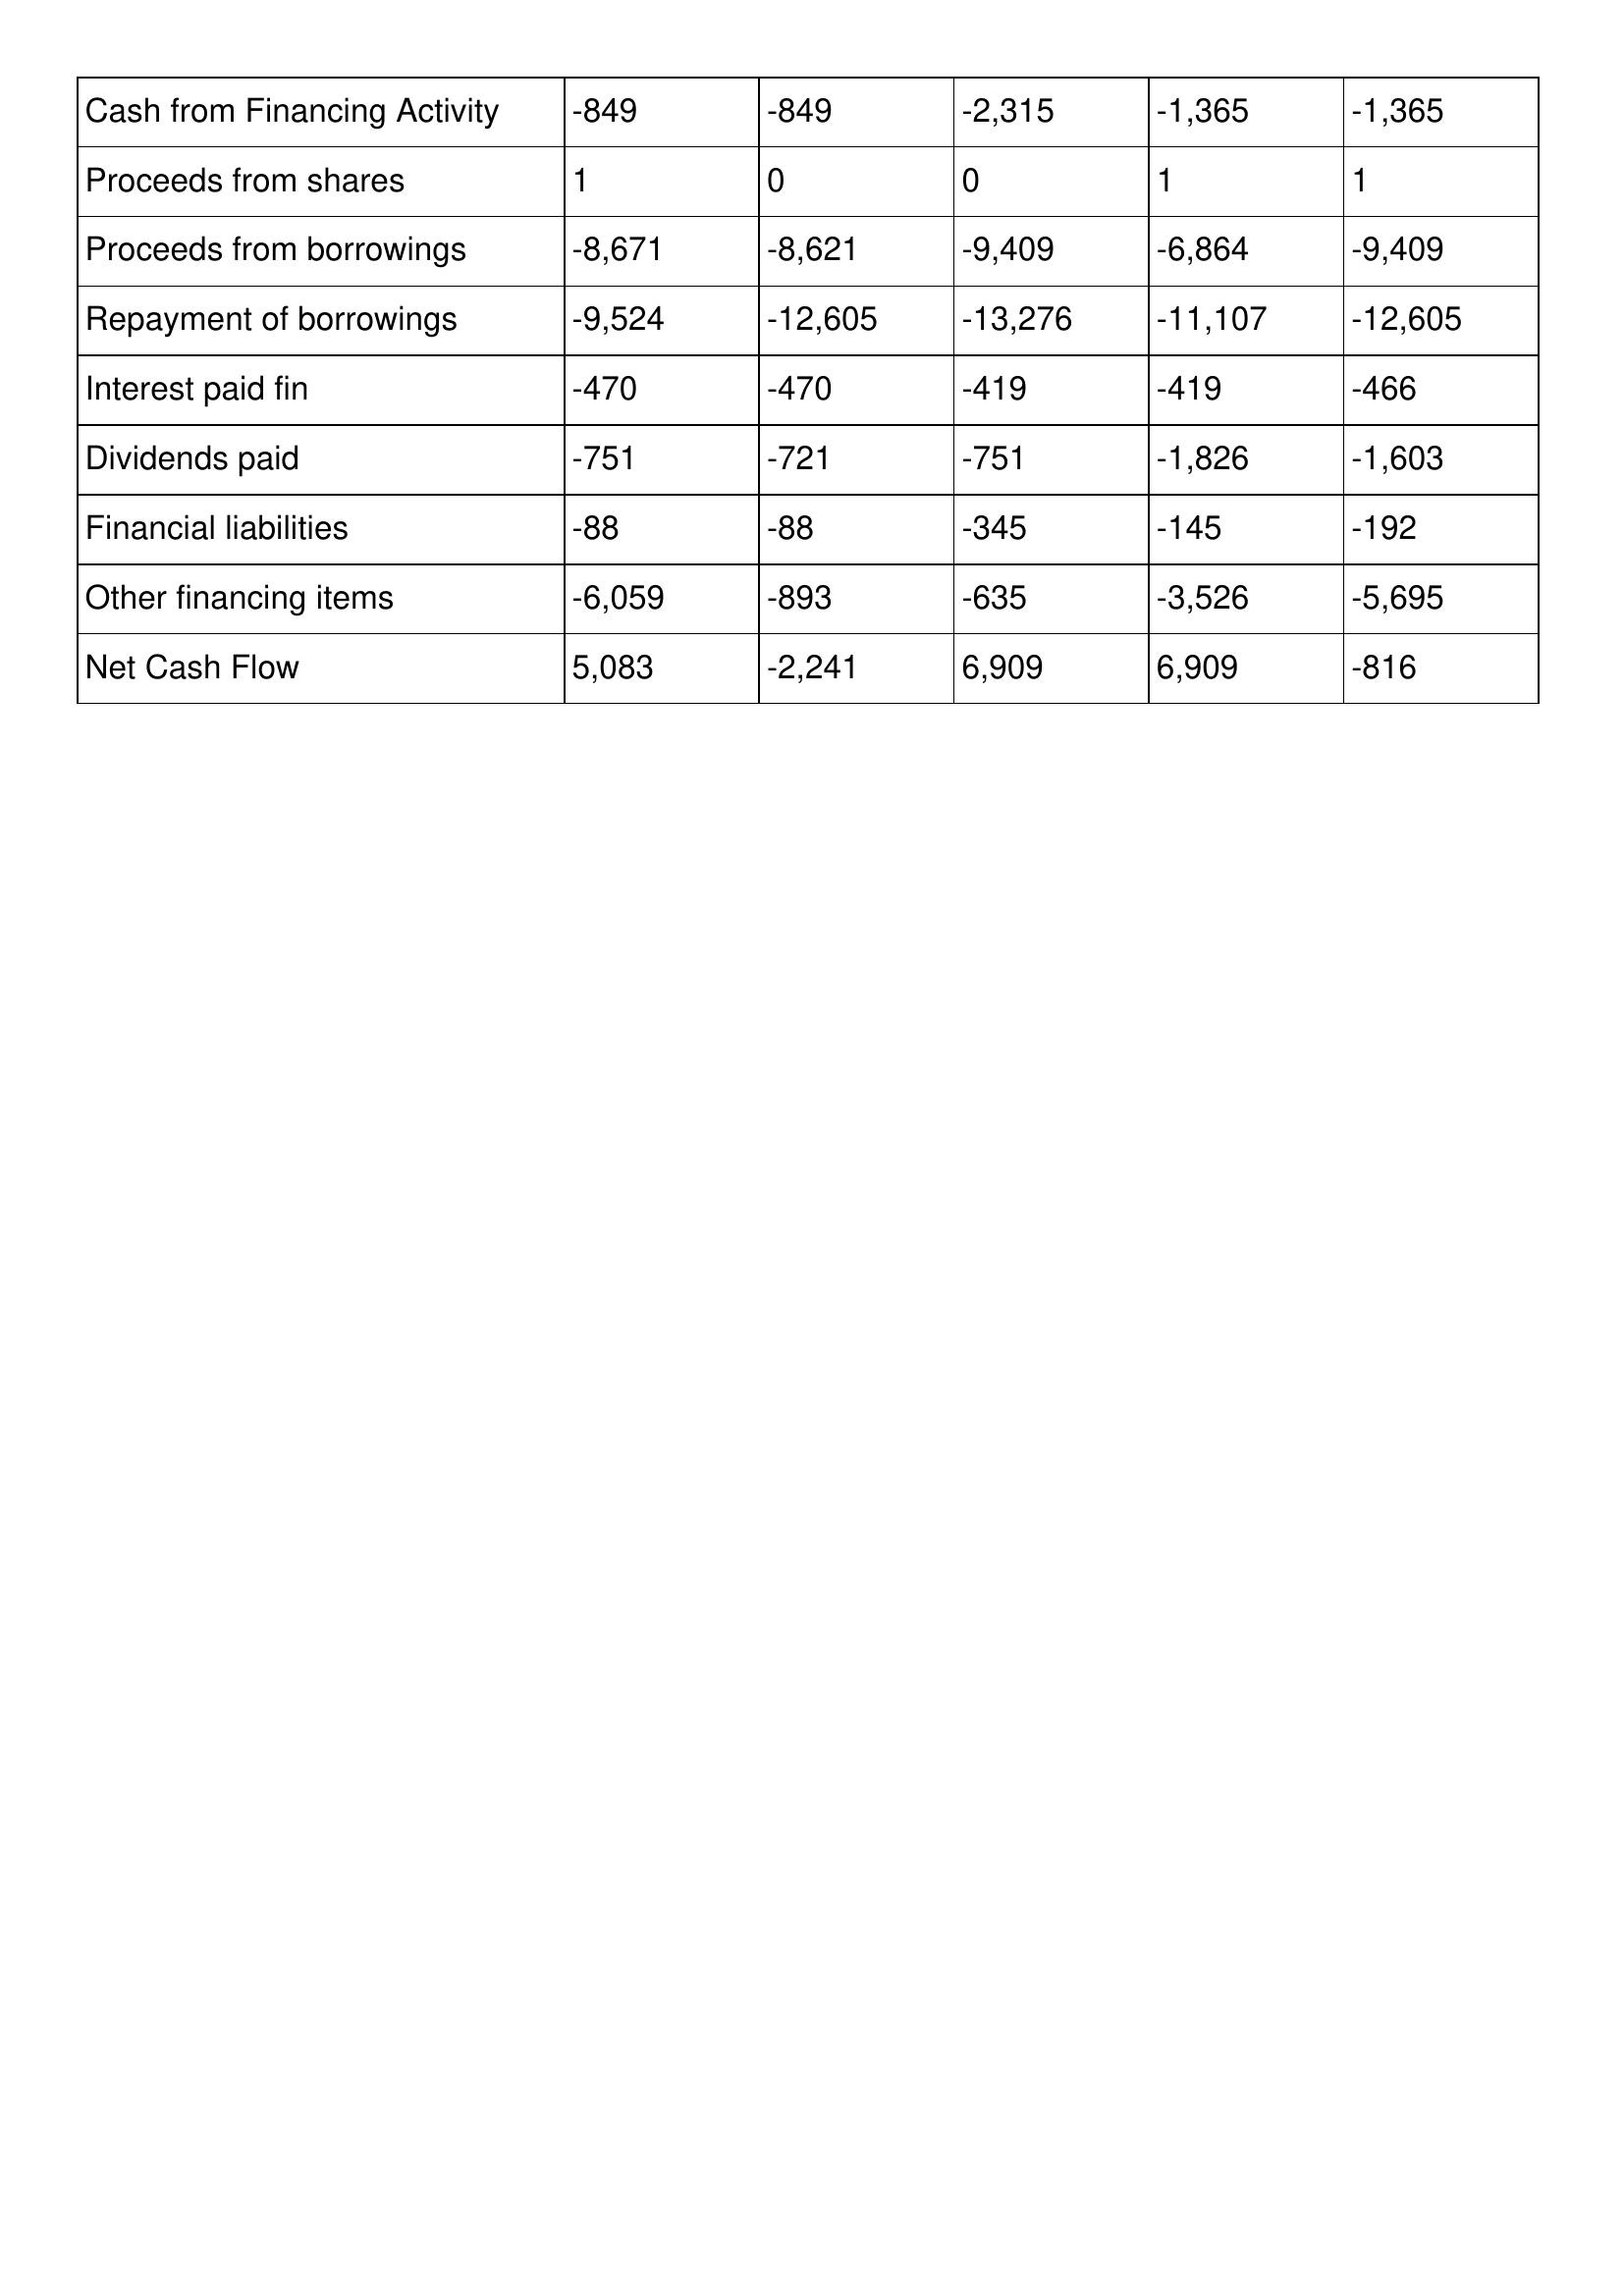
gt_parse: 2015: Cash Flows: Cash from Financing Activity: -849
Proceeds from shares: 1
Proceeds from borrowings: -8,671
Repayment of borrowings: -9,524
Interest paid fin: -470
Dividends paid: -751
Financial liabilities: -88
Other financing items: -6,059
Net Cash Flow: 5,083
2014: Cash Flows: Cash from Financing Activity: -849
Proceeds from shares: 0
Proceeds from borrowings: -8,621
Repayment of borrowings: -12,605
Interest paid fin: -470
Dividends paid: -721
Financial liabilities: -88
Other financing items: -893
Net Cash Flow: -2,241
2013: Cash Flows: Cash from Financing Activity: -2,315
Proceeds from shares: 0
Proceeds from borrowings: -9,409
Repayment of borrowings: -13,276
Interest paid fin: -419
Dividends paid: -751
Financial liabilities: -345
Other financing items: -635
Net Cash Flow: 6,909
2012: Cash Flows: Cash from Financing Activity: -1,365
Proceeds from shares: 1
Proceeds from borrowings: -6,864
Repayment of borrowings: -11,107
Interest paid fin: -419
Dividends paid: -1,826
Financial liabilities: -145
Other financing items: -3,526
Net Cash Flow: 6,909
2011: Cash Flows: Cash from Financing Activity: -1,365
Proceeds from shares: 1
Proceeds from borrowings: -9,409
Repayment of borrowings: -12,605
Interest paid fin: -466
Dividends paid: -1,603
Financial liabilities: -192
Other financing items: -5,695
Net Cash Flow: -816